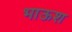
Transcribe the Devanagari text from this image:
भाऊश